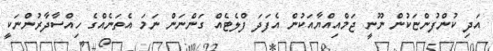
އަދި ކުންފުންޏަކުން ނޫނީ ޖަމްއިއްޔާއަކުން އެފަދަ ފްލެޓެއް ގަންނަން ނަމަ އެތަނެއްގެ ހިއްސާދާރުންނަކީ